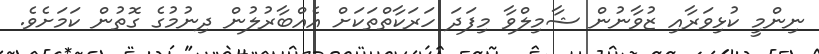
ނިންމީ ކުޅިވަރާއި ޒުވާނުން ޝާމިލްވާ މިފަދަ ހަރަކާތްތަކަށް އެއްބާރުލުން ދިނުމުގެ ގޮތުން ކަމަށެވެ.